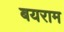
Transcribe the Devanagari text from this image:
बयराम